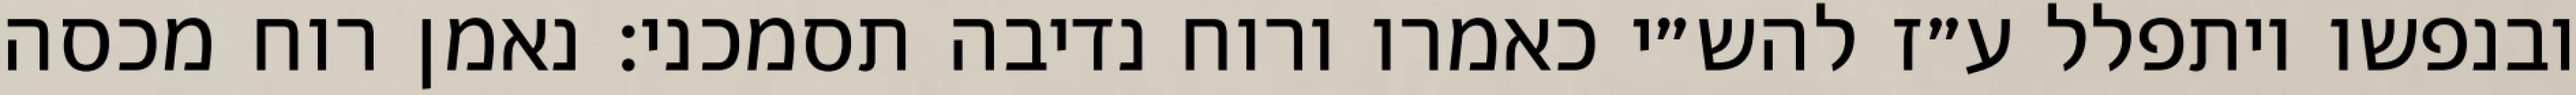
ובנפשו ויתפלל ע״ז להש״י כאמרו ורוח נדיבה תסמכני: נאמן רוח מכסה